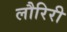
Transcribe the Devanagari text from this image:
लौरिरी